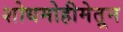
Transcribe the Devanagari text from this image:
शोधमोहीमेतून